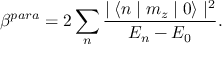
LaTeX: \beta ^ { p a r a } = 2 \sum _ { n } \frac { \mid \langle n \mid m _ { z } \mid 0 \rangle \mid ^ { 2 } } { { \cal E } _ { n } - { \cal E } _ { 0 } } .